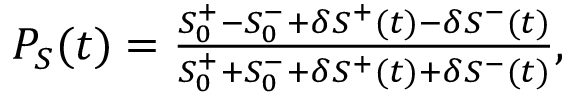
\begin{array} { r } { P _ { S } ( t ) = \frac { S _ { 0 } ^ { + } - S _ { 0 } ^ { - } + \delta S ^ { + } ( t ) - \delta S ^ { - } ( t ) } { S _ { 0 } ^ { + } + S _ { 0 } ^ { - } + \delta S ^ { + } ( t ) + \delta S ^ { - } ( t ) } , } \end{array}